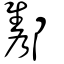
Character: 酅